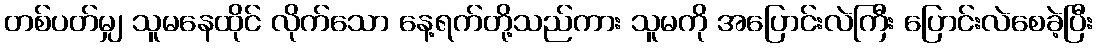
တစ်ပတ်မျှ သူမနေထိုင် လိုက်သော နေ့ရက်တို့သည်ကား သူမကို အပြောင်းလဲကြီး ပြောင်းလဲစေခဲ့ပြီး